Civil Veterinary Dept. Bombay admin report 1923-31 - 1923-1931
Year: 1923
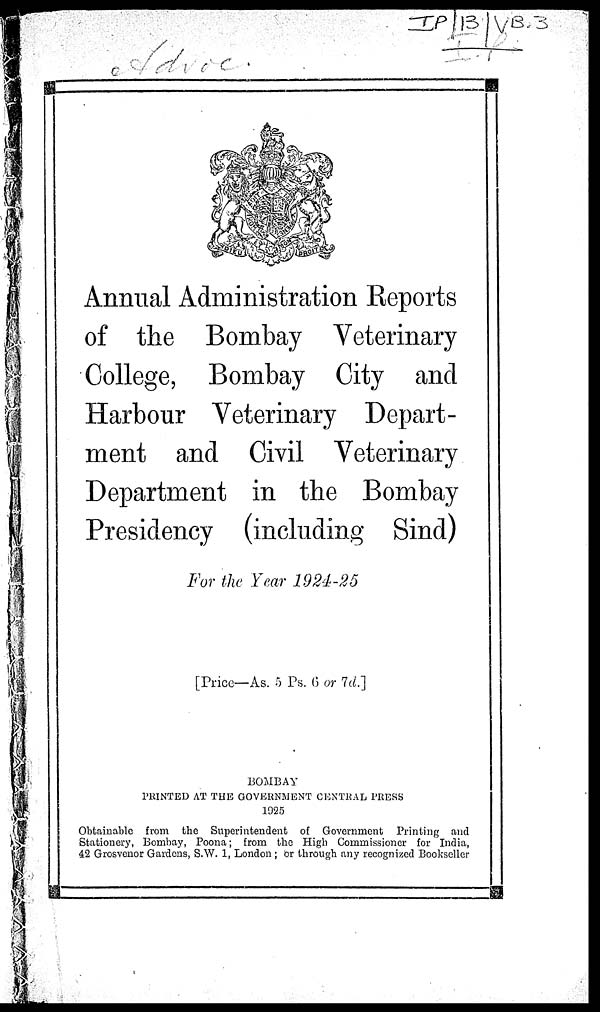
Annual Administration Reports
of the Bombay Veterinary
College, Bombay City and
Harbour Veterinary Depart-
ment and Civil Veterinary
Department in the Bombay
Presidency (including Sind)
For the Year 1924-25
[Price—As. 5 Ps. 6 or 7d.]
BOMBAY
PRINTED AT THE GOVERNMENT CENTRAL PRESS
1925
Obtainable from the Superintendent of Government Printing and
Stationery, Bombay, Poona; from the High Commissioner for India,
42 Grosvenor Gardens, S.W. 1, London ; or through any recognized Bookseller